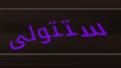
ستتولى